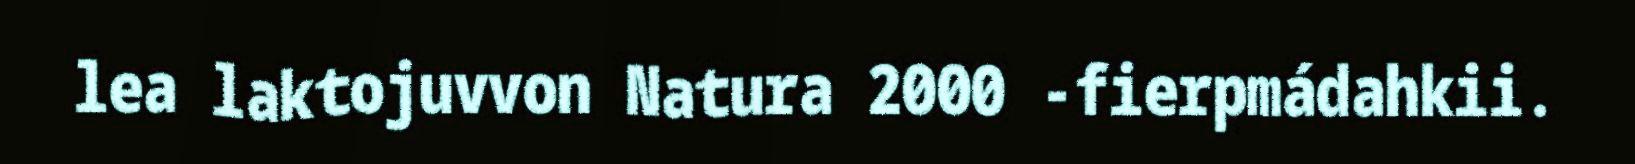
lea laktojuvvon Natura 2000 -fierpmádahkii.